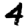
Digit: 4